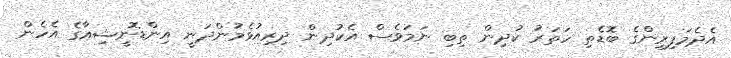
އެދެމަފިރިންގެ ބޮޑެތި ހަތަރު ކުދިން ތިބި ނަމަވެސް އެކުދިން ދިރިއުޅެމުންދަނީ އިންޑޮނީޝިއާގެ އެހެން